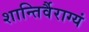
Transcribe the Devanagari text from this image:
शान्तिर्वैराग्यं